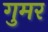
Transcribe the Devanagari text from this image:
गुमर